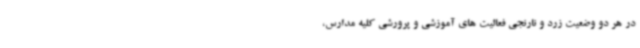
در هر دو وضعیت زرد و نارنجی فعالیت های آموزشی و پرورشی کلیه مدارس،